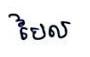
បៃល